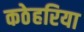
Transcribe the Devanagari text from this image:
कठेहरिया